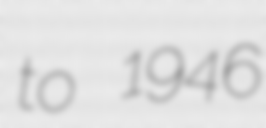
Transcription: to 1946